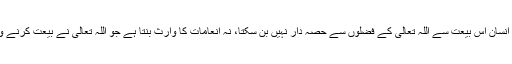
یعنی اگر صرف رسمی بیعت ہے تو انسان اس بیعت سے اللہ تعالیٰ کے فضلوں سے حصہ دار نہیں بن سکتا، نہ انعامات کا وارث بنتا ہے جو اللہ تعالیٰ نے بیعت کرنے والے کے حق میں مقرر فرمائے ہیں۔